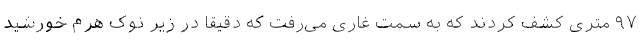
۹۷ متری کشف کردند که به سمت غاری می‌رفت که دقیقا در زیر نوک هرم خورشید